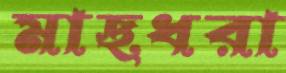
মাছধরা